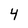
Character: 4